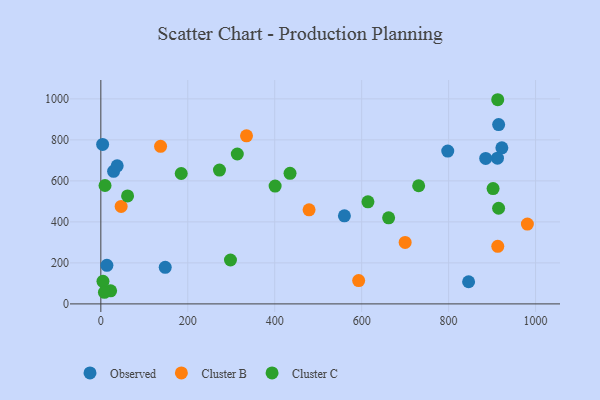
{"axis": {"x": "Investment", "y": "Sales"}, "legend": ["Cluster B", "Cluster C", "Observed"], "data": [{"x": "798.0", "y": 745.3, "type": "Observed"}, {"x": "13.9", "y": 188.1, "type": "Observed"}, {"x": "29.3", "y": 646.5, "type": "Observed"}, {"x": "560.3", "y": 429.6, "type": "Observed"}, {"x": "922.5", "y": 761.1, "type": "Observed"}, {"x": "915.1", "y": 874.5, "type": "Observed"}, {"x": "912.4", "y": 710.9, "type": "Observed"}, {"x": "37.6", "y": 673.2, "type": "Observed"}, {"x": "885.3", "y": 709.3, "type": "Observed"}, {"x": "4.1", "y": 778.0, "type": "Observed"}, {"x": "846.0", "y": 108.1, "type": "Observed"}, {"x": "148.1", "y": 178.2, "type": "Observed"}, {"x": "913.1", "y": 280.9, "type": "Cluster B"}, {"x": "479.0", "y": 458.8, "type": "Cluster B"}, {"x": "700.0", "y": 299.7, "type": "Cluster B"}, {"x": "981.2", "y": 389.5, "type": "Cluster B"}, {"x": "46.7", "y": 475.5, "type": "Cluster B"}, {"x": "137.4", "y": 768.4, "type": "Cluster B"}, {"x": "335.1", "y": 819.9, "type": "Cluster B"}, {"x": "593.1", "y": 113.9, "type": "Cluster B"}, {"x": "435.2", "y": 636.7, "type": "Cluster C"}, {"x": "22.5", "y": 63.9, "type": "Cluster C"}, {"x": "298.2", "y": 214.2, "type": "Cluster C"}, {"x": "731.1", "y": 576.2, "type": "Cluster C"}, {"x": "913.0", "y": 995.8, "type": "Cluster C"}, {"x": "184.9", "y": 635.9, "type": "Cluster C"}, {"x": "9.6", "y": 577.5, "type": "Cluster C"}, {"x": "662.0", "y": 420.0, "type": "Cluster C"}, {"x": "614.4", "y": 497.9, "type": "Cluster C"}, {"x": "4.9", "y": 110.3, "type": "Cluster C"}, {"x": "61.5", "y": 526.7, "type": "Cluster C"}, {"x": "915.0", "y": 466.4, "type": "Cluster C"}, {"x": "902.3", "y": 562.3, "type": "Cluster C"}, {"x": "8.3", "y": 56.7, "type": "Cluster C"}, {"x": "313.9", "y": 731.1, "type": "Cluster C"}, {"x": "272.9", "y": 652.6, "type": "Cluster C"}, {"x": "400.9", "y": 574.8, "type": "Cluster C"}]}